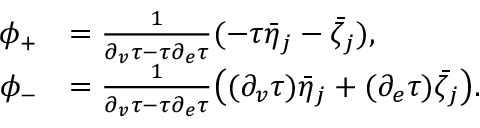
\begin{array} { r l } { \phi _ { + } } & { = \frac { 1 } { \partial _ { v } \tau - \tau \partial _ { e } \tau } ( - \tau \bar { \eta } _ { j } - \bar { \zeta } _ { j } ) , } \\ { \phi _ { - } } & { = \frac { 1 } { \partial _ { v } \tau - \tau \partial _ { e } \tau } \big ( ( \partial _ { v } \tau ) \bar { \eta } _ { j } + ( \partial _ { e } \tau ) \bar { \zeta } _ { j } \big ) . } \end{array}